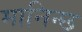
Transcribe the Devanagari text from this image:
मानिन्छ